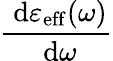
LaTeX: \frac{\ \mathrm{d}\varepsilon_{\mathrm{eff}}(\omega)}{\ \mathrm{d}\omega}